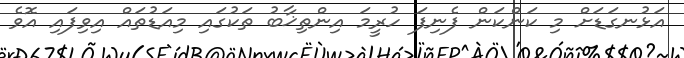
އަޅުނގަޑަށް މި ކަންކަން ފެނިފަ ހުރީމަ އިންތިޚާބު ތަކުގައި މިއަޑުތައް އިވިފައި އޮވެ